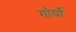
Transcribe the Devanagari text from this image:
गोर्यो